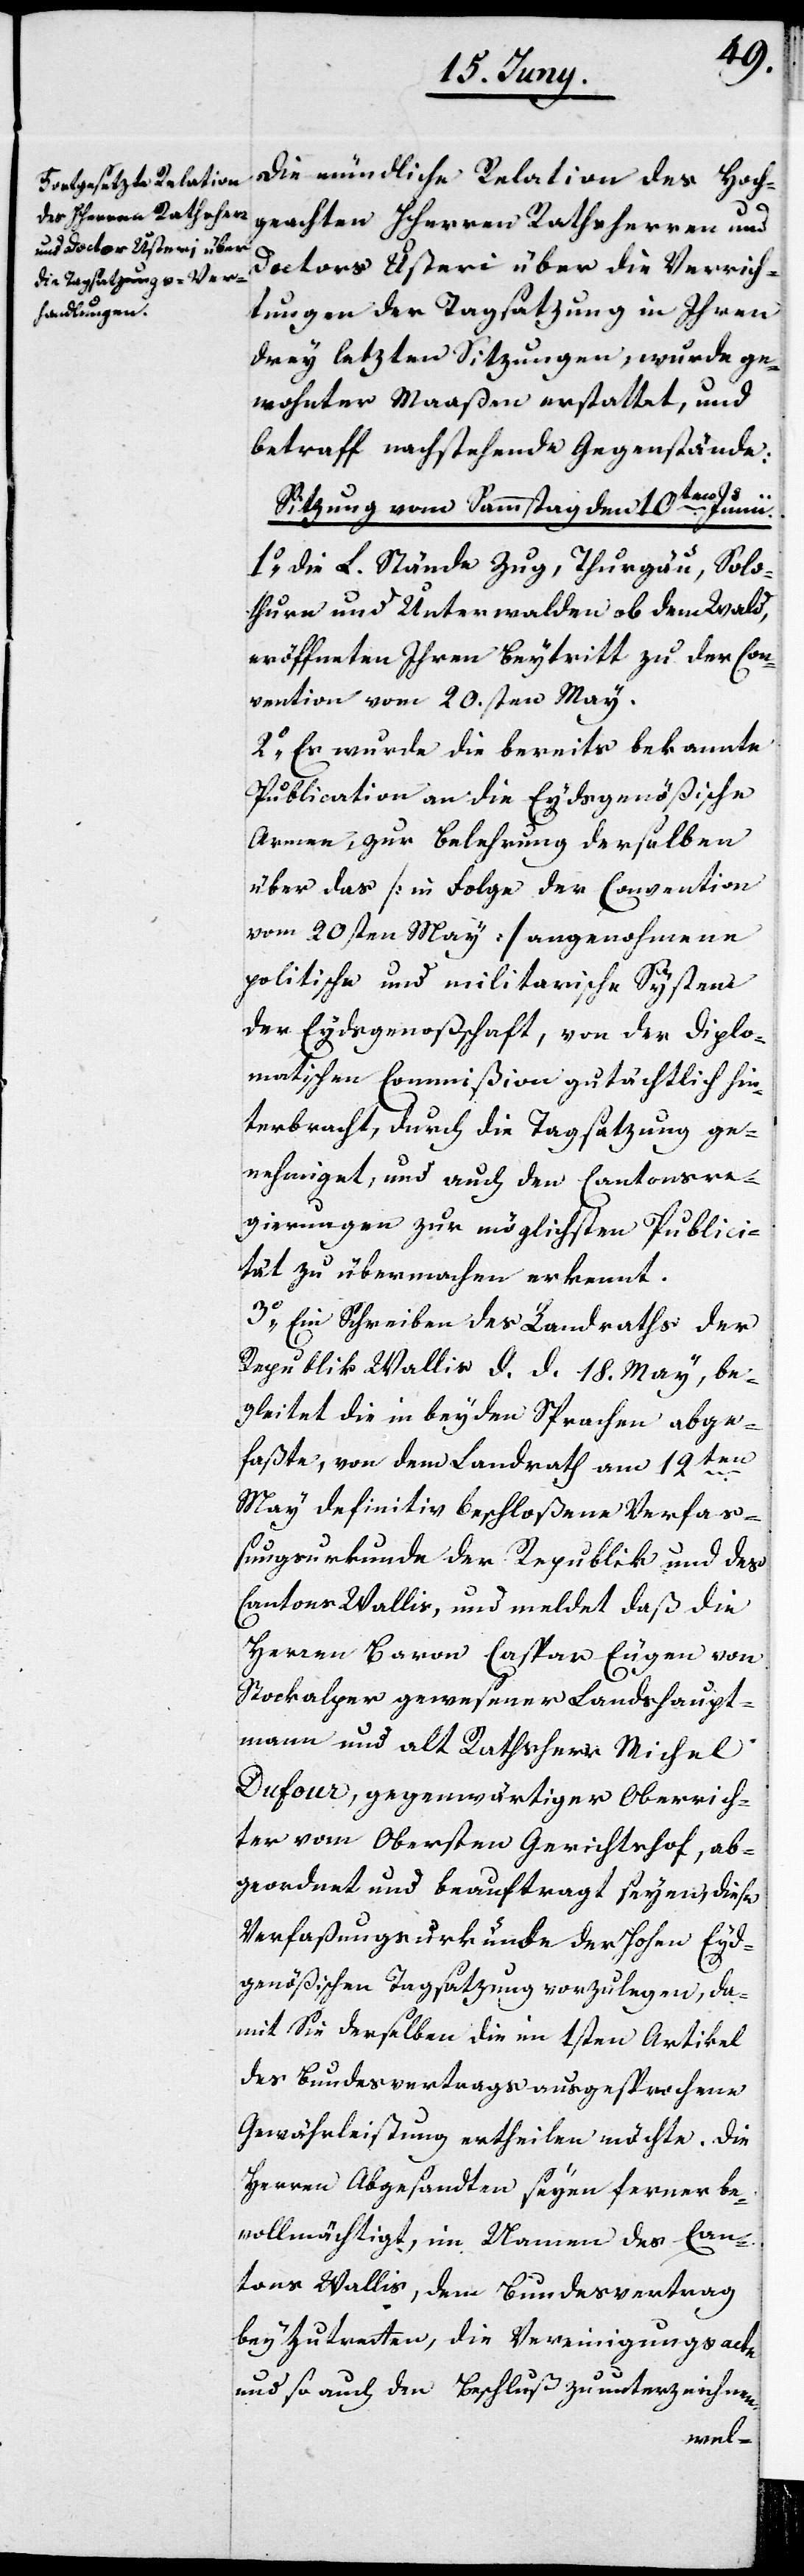
Die mündliche Relation des Hoch¬
geachten HHerren Rathsherren und
Doctors Usteri über die Verrich¬
tungen der Tagsatzung in ihren
drey letzten Sitzungen, wurde ge¬
wohnter Maaßen erstattet, und
betraff nachstehende Gegenstände:
Sitzung vom Sammstag den 10ten Junii.
1o Die L. Stände Zug, Thurgau, Solo¬
thurn und Unterwalden ob dem Wald,
eröffneten Ihren Beytritt zu der Con¬
vention vom 20.sten May.
2o Es wurde die bereits bekannte
Publication an die Eydsgenößische
Armee, zur Belehrung derselben
über das [in Folge der Convention
vom 20sten May] angenohmene
politische und militarische System
der Eydsgenoßschaft, von der Diplo¬
matischen Commißion gutächtlich hin¬
terbracht, durch die Tagsatzung ge¬
nehmiget, und auch den Cantonsre¬
gierungen zu möglichster Public¬
ität zu übermachen erkannt.
3o Ein Schreiben des Landraths der
Republik Wallis d. d 18. May, be¬
gleitet die in beyden Sprachen abge¬
faßte, von dem Landrath am 12ten
May definitiv beschloßene Verfaß¬
ungsurkunde der Republik und des
Cantons Wallis, und meldet daß die
Herren Baron Caspar Eugen von
Stockalper gewesener Landshaupt¬
mann und alt Rathsherr Michel
Dufour, gegenwärtiger Oberrich¬
ter vom Obersten Gerichtshof, ab¬
geordnet und beauftragt seyen, diese
Verfaßungsurkunde der Hohen Eyd¬
genößischen Tagsatzung vorzulegen, da¬
mit Sie derselben die im 1sten Artikel
des Bundesvertrags ausgesprochene
Gewährleistung ertheilen möchte. Die
Herren Abgesandte seyen ferner be¬
vollmächtigt, im Namen des Can¬
tons Wallis, dem Bundesvertrag
beyzutreten, die Vereinigungsacte
und so auch den Beschluß zu unterzeichnen,